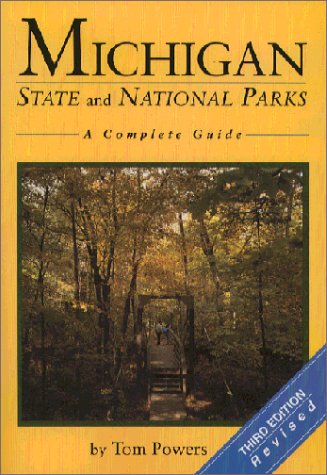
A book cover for Michigan State and National Parks: A Complete Guide; Tom Powers; Travel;